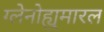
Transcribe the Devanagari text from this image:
ग्लेनोह्युमारल